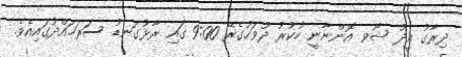
ދިރާގު އީދު ޝޯވ އޮންނާނީ ހުކުރު ދުވަހުގެރޭ 9:00 ގައި ރާޅުގަނޑު ސަރަހައްދުގައިއެވެ.